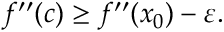
f ^ { \prime \prime } ( c ) \geq f ^ { \prime \prime } ( x _ { 0 } ) - \varepsilon .